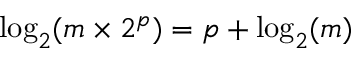
\log _ { 2 } ( m \times 2 ^ { p } ) = p + \log _ { 2 } ( m )